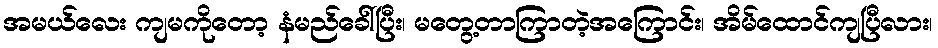
အမယ်လေး ကျမကိုတော့ နံမည်ခေါ်ပြီး၊ မတွေ့တာကြာတဲ့အကြောင်း၊ အိမ်ထောင်ကျပြီလား၊